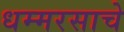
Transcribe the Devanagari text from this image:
धम्मरसाचे